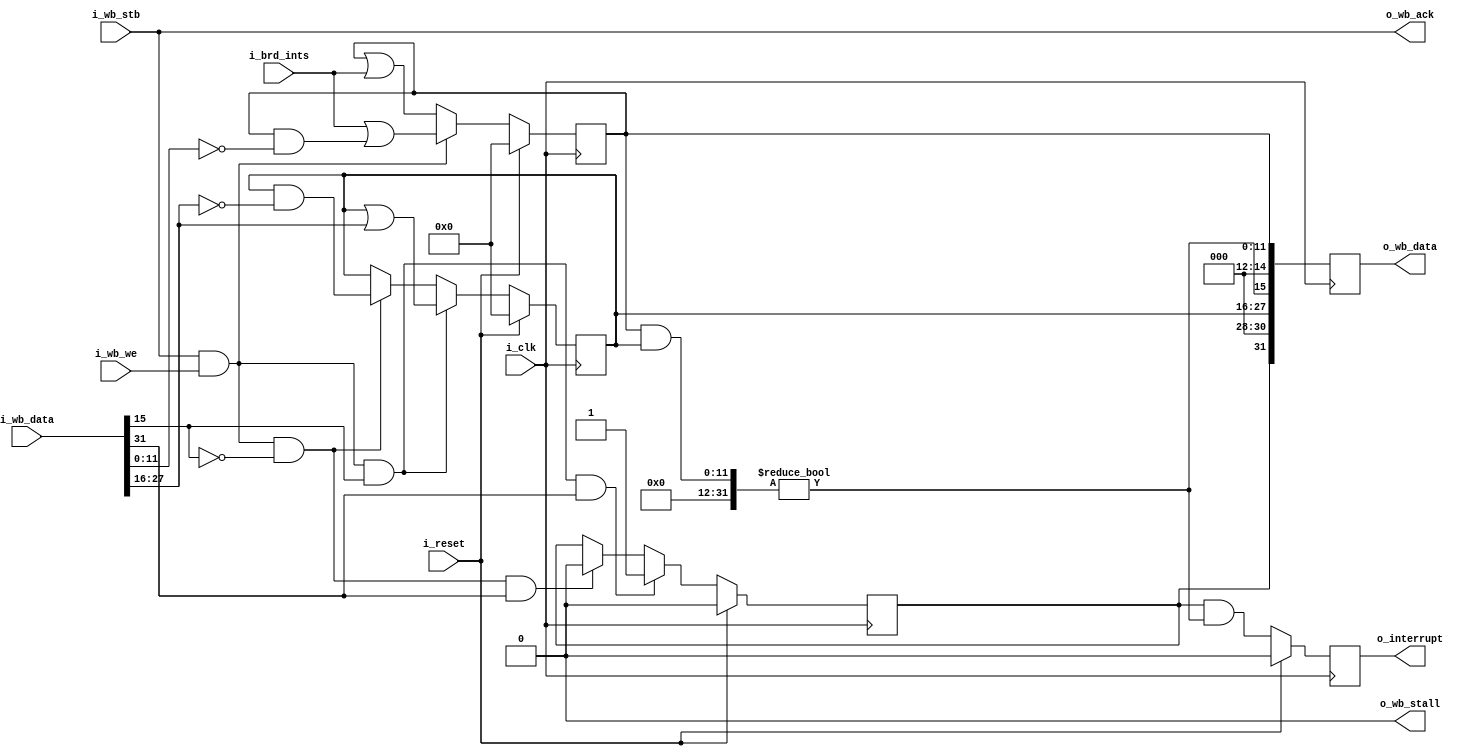
////////////////////////////////////////////////////////////////////////////////
//
//
// Project:	Zip CPU -- a small, lightweight, RISC CPU soft core
//
// Purpose:	An interrupt controller, for managing many interrupt sources.
//
//	This interrupt controller started from the question of how best to
//	design a simple interrupt controller.  As such, it has a few nice
//	qualities to it:
//		1. This is wishbone compliant
//		2. It sits on a 32-bit wishbone data bus
//		3. It only consumes one address on that wishbone bus.
//		4. There is no extra delays associated with reading this
//			device.
//		5. Common operations can all be done in one clock.
//
//	So, how shall this be used?  First, the 32-bit word is broken down as
//	follows:
//
//	Bit 31	- This is the global interrupt enable bit.  If set, interrupts
//		will be generated and passed on as they come in.
//	Bits 16-30	- These are specific interrupt enable lines.  If set,
//		interrupts from source (bit#-16) will be enabled.
//		To set this line and enable interrupts from this source, write
//		to the register with this bit set and the global enable set.
//		To disable this line, write to this register with global enable
//		bit not set, but this bit set.  (Writing a zero to any of these
//		bits has no effect, either setting or unsetting them.)
//	Bit 15 - This is the any interrupt pin.  If any interrupt is pending,
//		this bit will be set.
//	Bits 0-14	- These are interrupt bits.  When set, an interrupt is
//		pending from the corresponding source--regardless of whether
//		it was enabled.  (If not enabled, it won't generate an
//		interrupt, but it will still register here.)  To clear any
//		of these bits, write a '1' to the corresponding bit.  Writing
//		a zero to any of these bits has no effect.
//
//	The peripheral also sports a parameter, IUSED, which can be set
//	to any value between 1 and (buswidth/2-1, or) 15 inclusive.  This will
//	be the number of interrupts handled by this routine.  (Without the
//	parameter, Vivado was complaining about unused bits.  With it, we can
//	keep the complaints down and still use the routine).
//
//	To get access to more than 15 interrupts, chain these together, so
//	that one interrupt controller device feeds another.
//
//
// Creator:	Dan Gisselquist, Ph.D.
//		Gisselquist Technology, LLC
//
////////////////////////////////////////////////////////////////////////////////
//
// Copyright (C) 2015,2017-2019, Gisselquist Technology, LLC
//
// This program is free software (firmware): you can redistribute it and/or
// modify it under the terms of  the GNU General Public License as published
// by the Free Software Foundation, either version 3 of the License, or (at
// your option) any later version.
//
// This program is distributed in the hope that it will be useful, but WITHOUT
// ANY WARRANTY; without even the implied warranty of MERCHANTIBILITY or
// FITNESS FOR A PARTICULAR PURPOSE.  See the GNU General Public License
// for more details.
//
// You should have received a copy of the GNU General Public License along
// with this program.  (It's in the $(ROOT)/doc directory.  Run make with no
// target there if the PDF file isn't present.)  If not, see
// <http://www.gnu.org/licenses/> for a copy.
//
// License:	GPL, v3, as defined and found on www.gnu.org,
//		http://www.gnu.org/licenses/gpl.html
//
//
////////////////////////////////////////////////////////////////////////////////
//
//
`default_nettype	none
//
module	icontrol(i_clk, i_reset, i_wb_stb, i_wb_we, i_wb_data,
		o_wb_ack, o_wb_stall, o_wb_data,
		i_brd_ints, o_interrupt);
	parameter	IUSED = 12, DW=32;
	input	wire			i_clk, i_reset;
	input	wire			i_wb_stb, i_wb_we;
	input	wire	[DW-1:0]	i_wb_data;
	output	wire			o_wb_ack, o_wb_stall;
	output	reg	[DW-1:0]	o_wb_data;
	input	wire	[(IUSED-1):0]	i_brd_ints;
	output	reg			o_interrupt;

	reg	[(IUSED-1):0]	r_int_state;
	reg	[(IUSED-1):0]	r_int_enable;
	reg			r_mie;
	wire			w_any;

	wire			wb_write, enable_ints, disable_ints;
	assign	wb_write     = (i_wb_stb)&&(i_wb_we);
	assign	enable_ints  = (wb_write)&&( i_wb_data[15]);
	assign	disable_ints = (wb_write)&&(!i_wb_data[15]);

	//
	// First step: figure out which interrupts have triggered.  An
	// interrupt "triggers" when the incoming interrupt wire is high, and
	// stays triggered until cleared by the bus.
	initial	r_int_state = 0;
	always @(posedge i_clk)
	if (i_reset)
		r_int_state  <= 0;
	else if (wb_write)
		r_int_state <= i_brd_ints
			| (r_int_state & (~i_wb_data[(IUSED-1):0]));
	else
		r_int_state <= (r_int_state | i_brd_ints);

	//
	// Second step: determine which interrupts are enabled.
	// Only interrupts that are enabled will be propagated forward on
	// the global interrupt line.
	initial	r_int_enable = 0;
	always @(posedge i_clk)
	if (i_reset)
		r_int_enable <= 0;
	else if (enable_ints)
		r_int_enable <= r_int_enable | i_wb_data[16 +: IUSED];
	else if (disable_ints)
		r_int_enable <= r_int_enable & (~ i_wb_data[16 +: IUSED]);

	//
	// Third step: The global interrupt enable bit.
	initial	r_mie = 1'b0;
	always @(posedge i_clk)
	if (i_reset)
		r_mie <= 1'b0;
	else if (enable_ints && i_wb_data[DW-1])
		r_mie <= 1'b1;
	else if (disable_ints && i_wb_data[DW-1])
		r_mie <= 1'b0;

	//
	// Have "any" enabled interrupts triggered?
	assign	w_any = ((r_int_state & r_int_enable) != 0);

	// How then shall the interrupt wire be set?
	initial	o_interrupt = 1'b0;
	always @(posedge i_clk)
	if (i_reset)
		o_interrupt <= 1'b0;
	else
		o_interrupt <= (r_mie)&&(w_any);

	//
	// Create the output data.  Place this into the next clock, to keep
	// it synchronous with w_any.
	initial	o_wb_data = 0;
	always @(posedge i_clk)
	begin
		o_wb_data <= 0;
		o_wb_data[31] <= r_mie;
		o_wb_data[15] <= w_any;

		o_wb_data[16 +: IUSED] <= r_int_enable;
		o_wb_data[ 0 +: IUSED] <= r_int_state;
	end

	// Make verilator happy
	generate if (IUSED < 15)
	begin
		// verilator lint_off UNUSED
		wire	[2*(15-IUSED)-1:0]	unused;
		assign	unused = { i_wb_data[32-2:(16+IUSED)],
				i_wb_data[16-2:IUSED] };
		// verilator lint_on  UNUSED

	end endgenerate

	assign	o_wb_ack = i_wb_stb;
	assign	o_wb_stall = 1'b0;


`ifdef	FORMAL
// Formal properties for this module are maintained elsewhere
`endif
endmodule